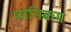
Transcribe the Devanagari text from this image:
पानिकम